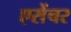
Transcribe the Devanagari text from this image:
एसेंचर